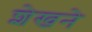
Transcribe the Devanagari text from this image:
शेखने